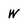
Character: W